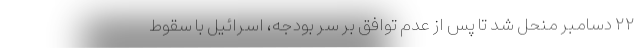
۲۲ دسامبر منحل شد تا پس از عدم توافق بر سر بودجه، اسرائیل با سقوط